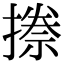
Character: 𭢏